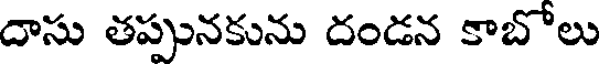
దాసు తప్పునకును దండన కాబోలు